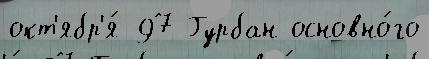
окт'ябр'я́ 97 Гурбан основно́го